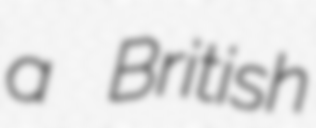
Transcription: a British